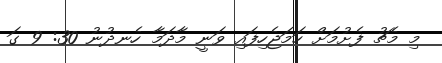
މި މެޗު ފެށުމަށް ހަމަޖެހިފައި ވަނީ މާދަމާ ހެނދުނު 30: 9 ގަ